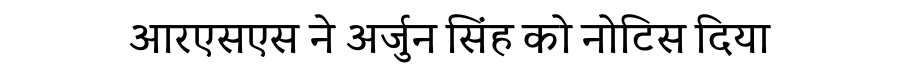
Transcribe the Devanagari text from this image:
आरएसएस ने अर्जुन सिंह को नोटिस दिया